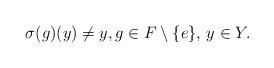
LaTeX: \begin{align*}\sigma(g)(y) \not = y, g\in F\setminus \lbrace e \rbrace,\, y\in Y.\end{align*}